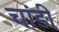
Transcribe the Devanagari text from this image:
चांड़ी